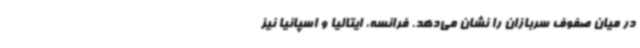
در میان صفوف سربازان را نشان می‌دهد. فرانسه، ایتالیا و اسپانیا نیز